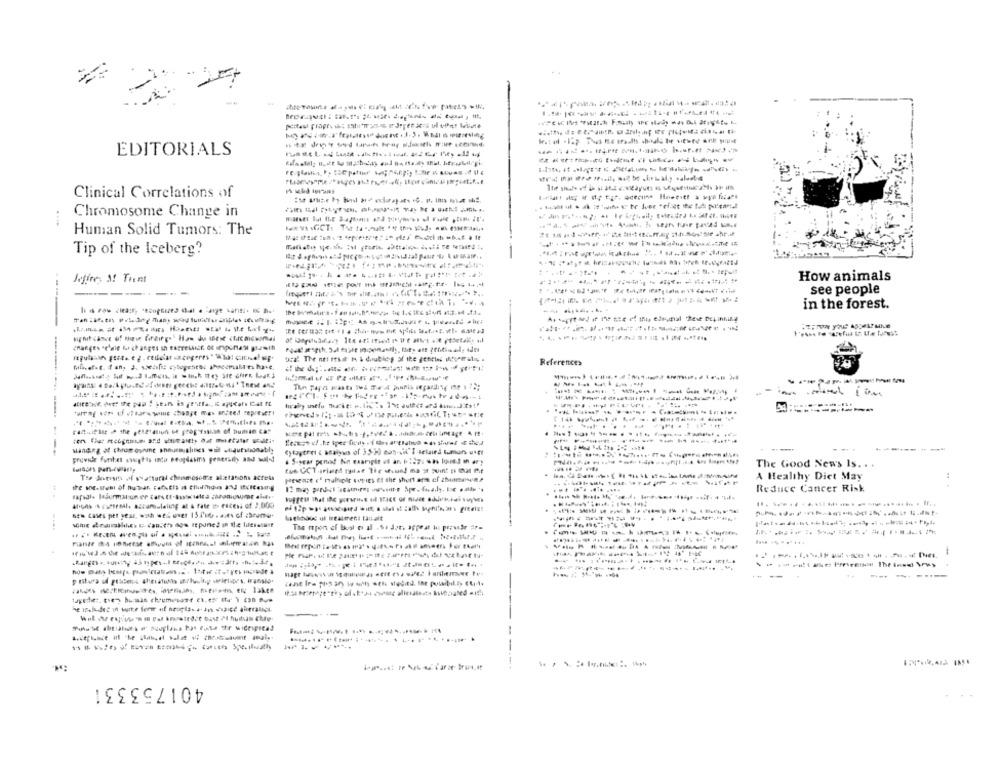
EDITORIALS
Clinical Correlations of
Chromosome Change in
Human Solid Tumors: The
Tip of the Iceberg?
-
How animals
Jefire, S! Trent
--
see people
in the forest.
References
----------
----------
--
--------
The Good News Is. . .
Toe Jotisit a svattural chromosome aletations across
A Healthy Diet May
Hewast e' nulspir series et the short arm of 2hideonene
Reduce Cancer Risk
The report of bost et al .So dor, appe at bu prever ar=
-------------
-
---
-------
--
401753331